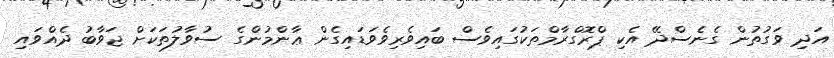
އަދި ވަގުތުން ގެނެސްދޭ އެކި ޕްރޮގްރާމްތަކުގައިވެސް ބައިވެރިވެވަޑައިގެން ޢާންމުންގެ ސުވާލުތަކަށް ޖަވާބު ދެއްވައި